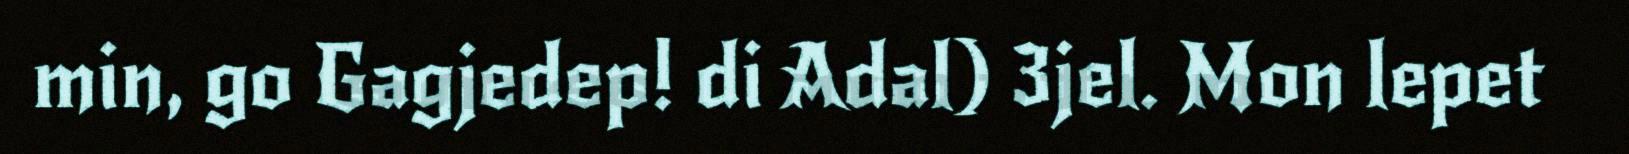
min, go Gagjedep! di Adal) 3jel. Mon lepet